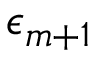
\epsilon _ { m + 1 }